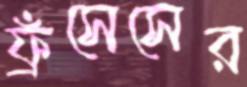
ফ্রঁসেসের